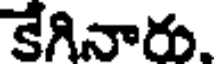
కేగినారు.